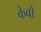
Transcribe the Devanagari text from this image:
केवों